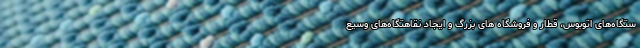
ستگاه‌های اتوبوس، قطار و فروشگاه های بزرگ و ایجاد نقاهتگاه‌های وسیع